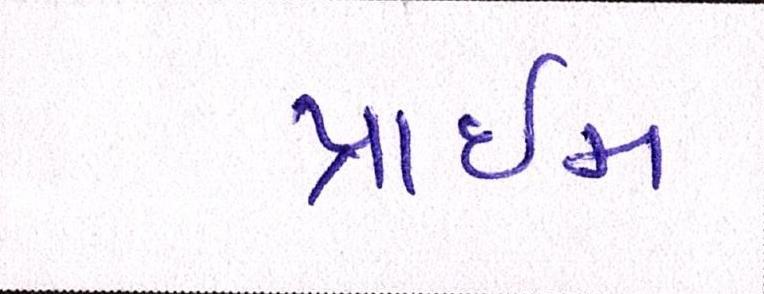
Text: પ્રાઇમ